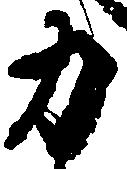
力